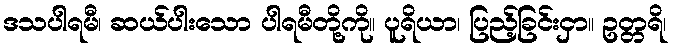
ဒသပါရမီ၊ ဆယ်ပါးသော ပါရမီတို့ကို။ ပူရိယာ၊ ပြည့်ခြင်းငှာ။ ဥတ္တရိ၊